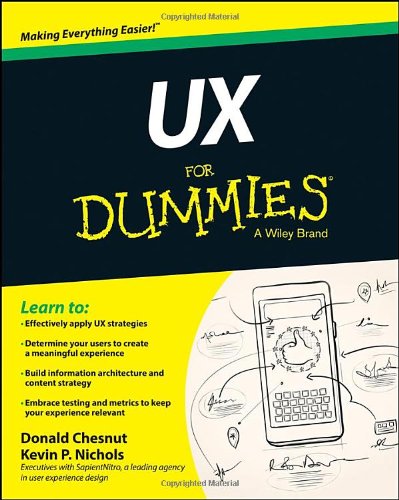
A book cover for UX For Dummies (For Dummies (Computer/Tech)); Kevin P. Nichols; Computers & Technology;